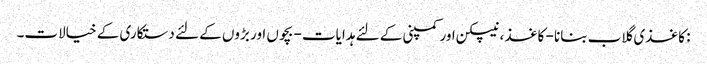
: کاغذی گلاب بنانا - کاغذ ، نیپکن اور کمپنی کے لئے ہدایات - بچوں اور بڑوں کے لئے دستکاری کے خیالات۔